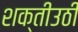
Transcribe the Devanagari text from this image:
शक्तीउठी